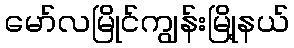
မော်လမြိုင်ကျွန်းမြို့နယ်